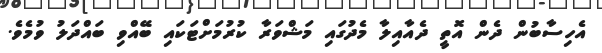
އެހިސާބުން ދެން އޮތީ ދެއާއިލާ މެދުގައި މަޝްވަރާ ކުރުމަށްޓަކައި ބޭއްވި ބައްދަލު ވުމެވެ.